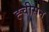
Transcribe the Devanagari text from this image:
ह्चीसन